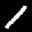
Label: 1